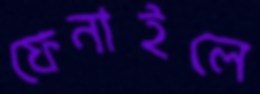
ফেনাইলে